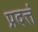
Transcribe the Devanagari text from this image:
प्रदत्तं